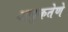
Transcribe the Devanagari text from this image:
अचुकतेणे